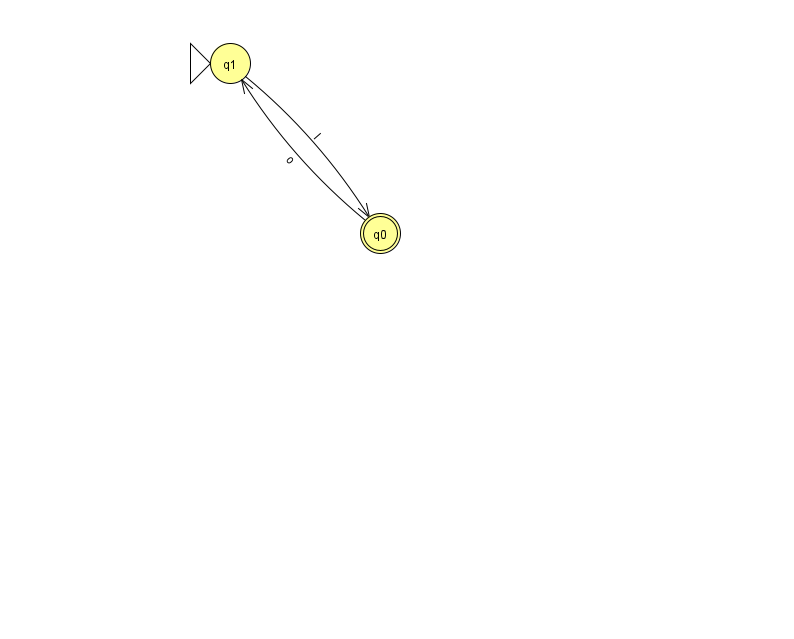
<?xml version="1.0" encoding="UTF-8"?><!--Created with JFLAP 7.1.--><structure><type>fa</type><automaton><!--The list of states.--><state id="0" name="q0"><x>380.0</x><y>220.0</y><final/></state><state id="1" name="q1"><x>230.0</x><y>50.0</y><initial/></state><!--The list of transitions.--><transition><from>1</from><to>0</to><read>l</read></transition><transition><from>0</from><to>1</to><read>o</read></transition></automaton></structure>